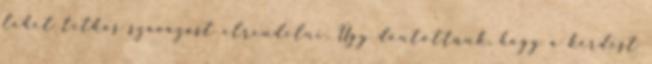
lehet titkos szavazást elrendelni. Úgy döntöttünk, hogy a kérdést